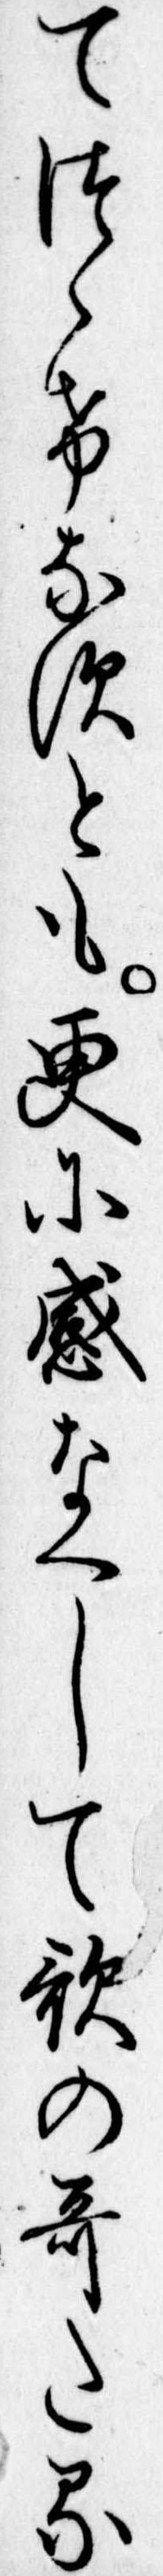
てつゝけなすとも更に感なくして歌の歌たる